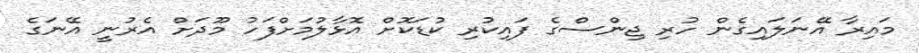
މައިރާ އޭނަލައިގެން ހުރި ޖިންސްގެ ފައިކުރި ކުޑަކޮށް އޮޅާލުމަށްފަހު މޫދަށް އެރުނީ އޭނަގެ